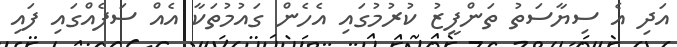
އަދި އެ ސިޔާސަތު ތަންފީޒު ކުރުމުގައި އެހެން ގައުމުތަކާ އެއް ސަފެއްގައި ފައި